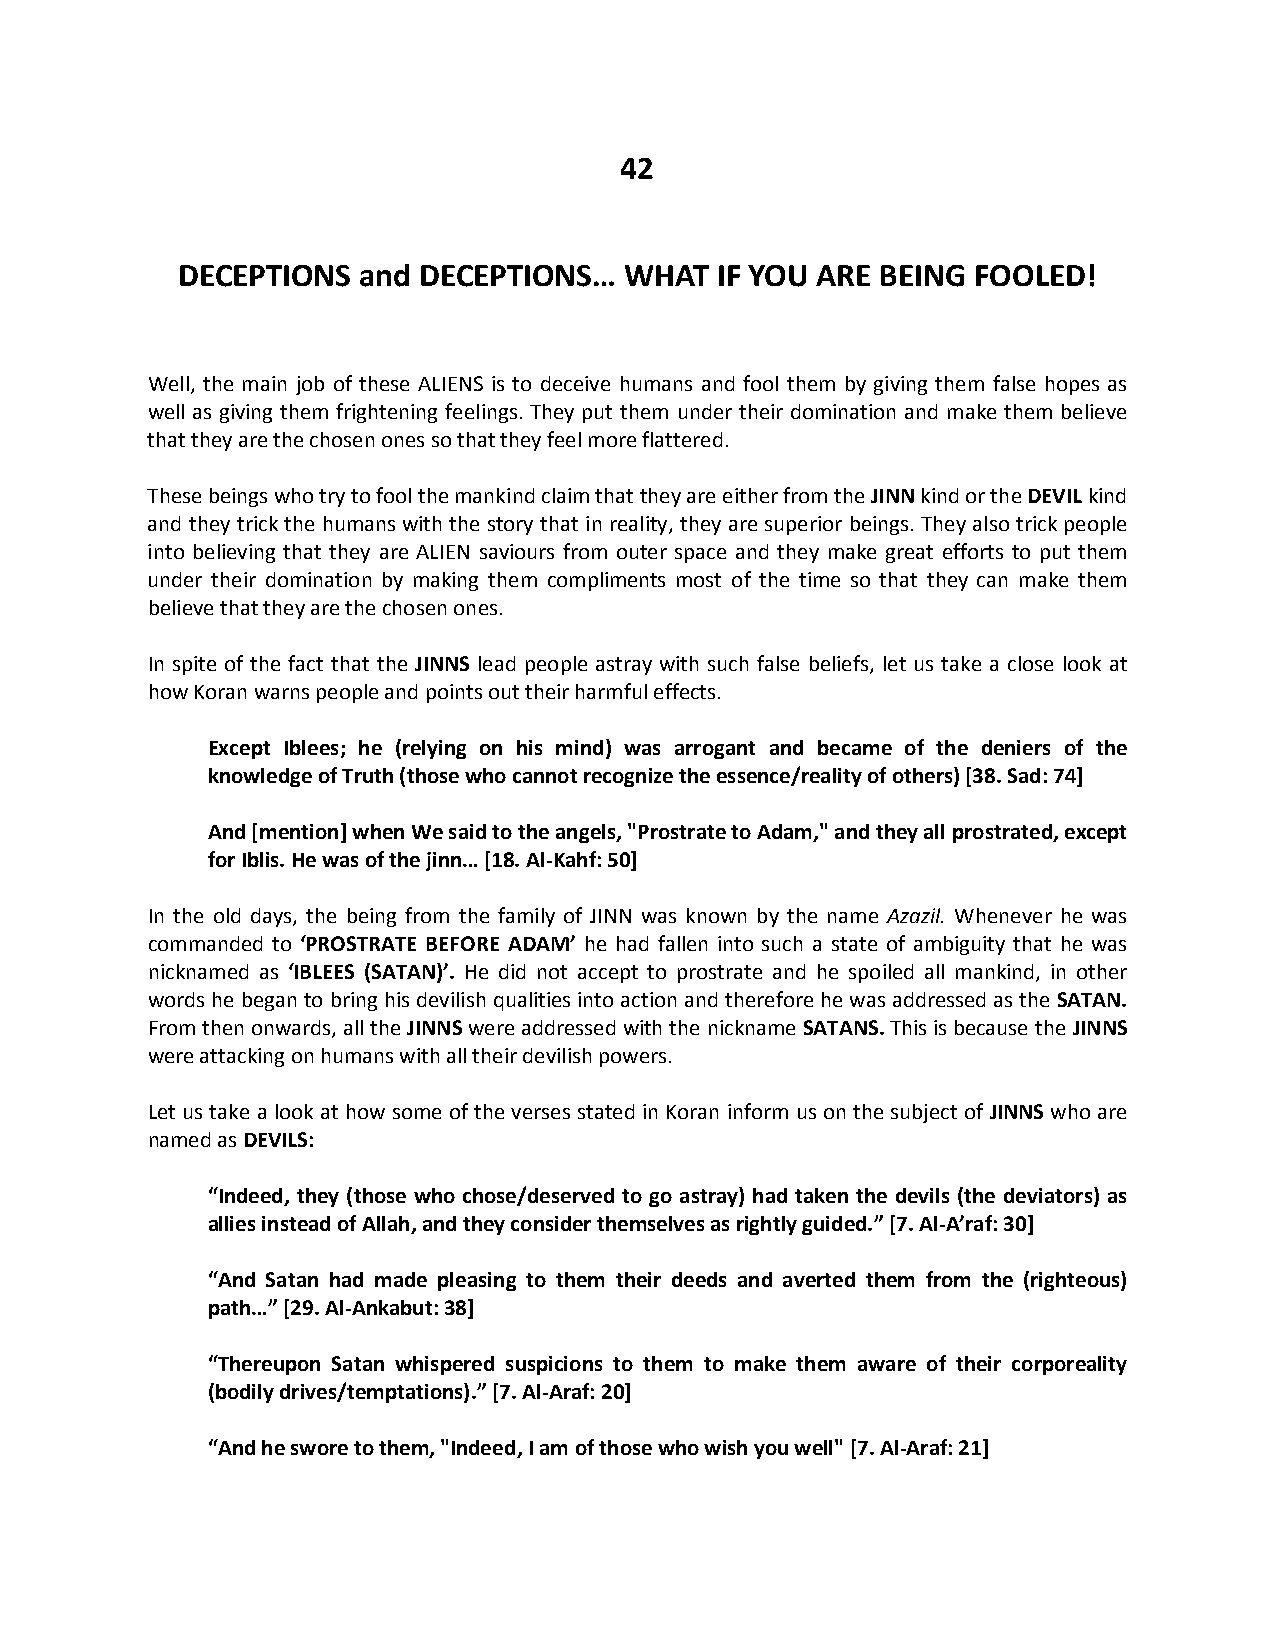
42
 DECEPTIONS  and DECEPTIONS…  WHAT   IF YOU ARE BEING FOOLED!
 Well, the main job of these ALIENS is to deceive humans and fool them by giving them false hopes as
 well as giving them frightening feelings. They put them under their domination and make them believe
 that they are the chosen ones so that they feel more flattered.
 These beings who try to fool the mankind claim that they are either from the JINN kind or the DEVIL kind
 and they trick the humans with the story that in reality, they are superior beings. They also trick people
 into believing that they are ALIEN saviours from outer space and they make great efforts to put them
 under their domination by making them compliments most of the time so that they can make them
 believe that they are the chosen ones.
 In spite of the fact that the JINNS lead people astray with such false beliefs, let us take a close look at
 how Koran warns people and points out their harmful effects.
 Except Iblees; he (relying on his mind) was arrogant and became of the deniers of the
 knowledge of Truth (those who cannot recognize the essence/reality of others) [38. Sad: 74]
 And [mention] when We said to the angels, "Prostrate to Adam," and they all prostrated, except
 for Iblis. He was of the jinn… [18. Al-Kahf: 50]
 In the old days, the being from the family of JINN was known by the name Azazil. Whenever he was
 commanded to ‘PROSTRATE BEFORE ADAM’ he had fallen into such a state of ambiguity that he was
 nicknamed as ‘IBLEES (SATAN)’. He did not accept to prostrate and he spoiled all mankind, in other
 words he began to bring his devilish qualities into action and therefore he was addressed as the SATAN.
 From then onwards, all the JINNS were addressed with the nickname SATANS. This is because the JINNS
 were attacking on humans with all their devilish powers.
 Let us take a look at how some of the verses stated in Koran inform us on the subject of JINNS who are
 named as DEVILS:
 “Indeed, they (those who chose/deserved to go astray) had taken the devils (the deviators) as
 allies instead of Allah, and they consider themselves as rightly guided.” [7. Al-A’raf: 30]
 “And Satan had made pleasing to them their deeds and averted them from the (righteous)
 path…” [29. Al-Ankabut: 38]
 “Thereupon Satan whispered suspicions to them to make them aware of their corporeality
 (bodily drives/temptations).” [7. Al-Araf: 20]
 “And he swore to them, "Indeed, I am of those who wish you well" [7. Al-Araf: 21]